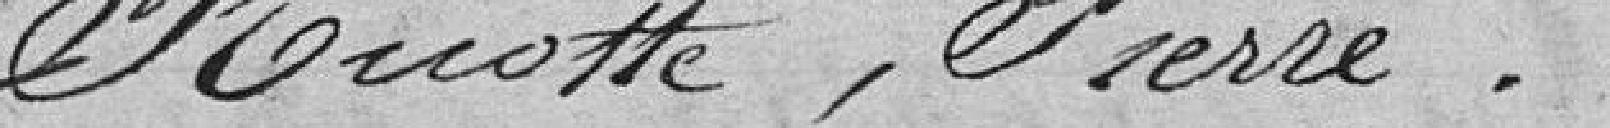
Ruotte, Pierre